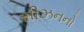
સીઝનનો